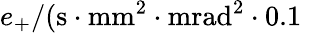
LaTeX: e_{+}/(\mathrm{s}\cdot\mathrm{mm}^{2}\cdot\mathrm{mrad}^{2}\cdot 0.1\